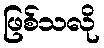
ဖြစ်သလို